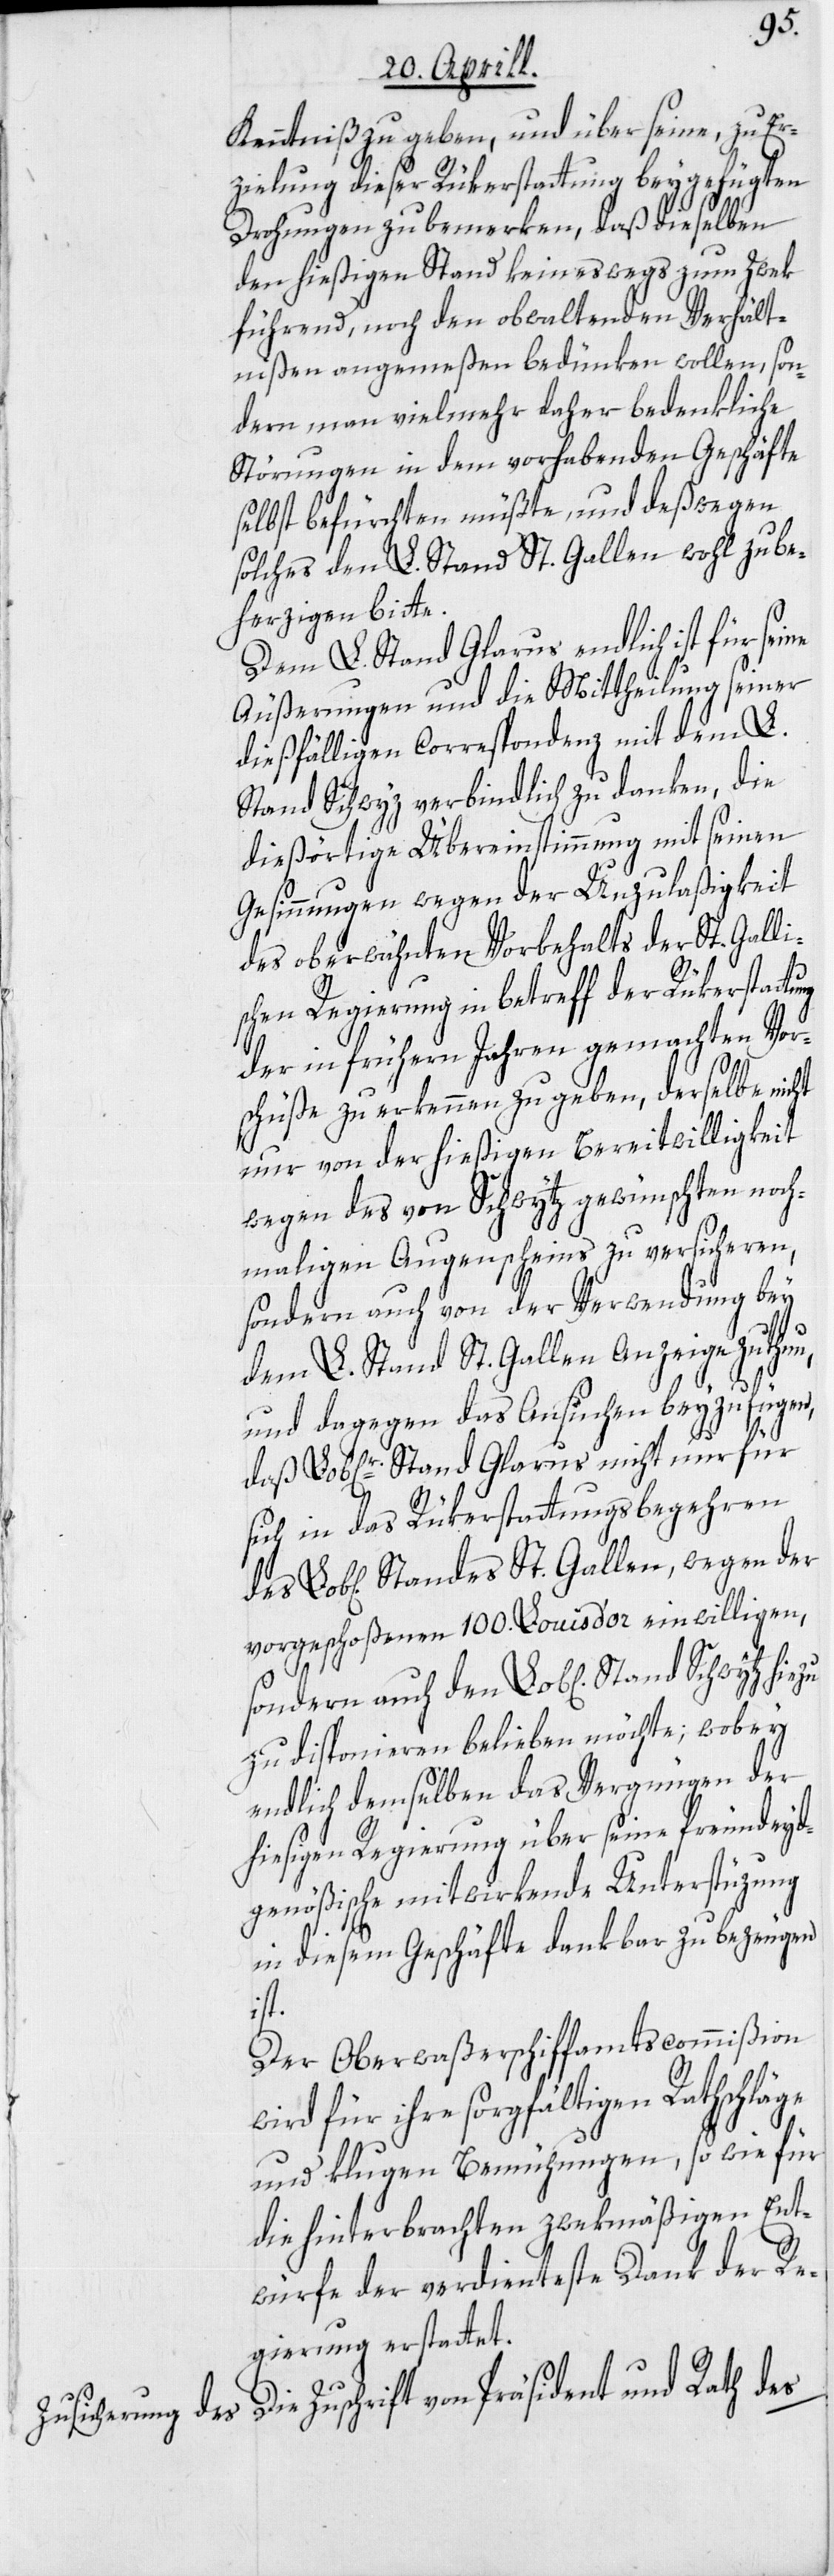
Kenntniß zu geben, und über seine, zu Er¬
zielung dieser Rükerstattung beygefügten
Drohungen zu bemerken, daß dieselben
den hießigen Stand keineswegs zum Zwek
führend, noch den obwaltenden Verhält¬
nißen angemeßen bedünken wollen, son¬
dern man vielmehr daher bedenkliche
Störungen in dem vorhabenden Geschäfte
selbst befürchten müßte, und deßwegen
solches den L. Stand St. Gallen wohl zu be¬
herzigen bitte.
Dem L. Stand Glarus endlich ist für sei¬
Äußerungen und die Mittheilung seiner
dießfälligen Correspondenz mit dem L.
Stand Schwyz verbindlich zu danken, die
dießörtige Übereinstimmung mit seinen
Gesinnungen wegen der Unzulaßigkeit
des oberwähnten Vorbehalts der St. Galli¬
schen Regierung in betreff der Rükerstattu¬
der in frühern Jahren gemachten Vor¬
schüße zu erkennen zu geben, derselbe nicht
nur von der hießigen Bereitwilligkeit
wegen des von Schwytz gewünschten noch¬
maligen Augenscheins zu versicheren,
sondern auch von der Verwendung bey
dem L. Stand St. Gallen Anzeige zu thun,
und dagegen das Ansuchen beyzufügen,
Lob[liche]r Stand Glarus nicht nur für
sich in das Rükerstattungsbegehren
Lob[lichen] Standes St. Gallen, wegen der
vorgeschoßenen 100. Louis d’or einwilligen,
sondern auch den Lob[lichen] Stand Schwytz
zu disponieren belieben möchte; wobey
endlich demselben das Vergnügen der
hiesigen Regierung über seine freundeyd¬
genößische mitwirkende Unterstüzung
in diesem Geschäfte dankbar zu bezeugen
ist.
Der Oberwaßerschiffamtscommißion
wird für ihre sorgfältigen Rathschläge
und klugen Bemühungen, so wie für
die hinterbrachten zwekmäßigen Ent¬
ng
würfe der verdienteste Dank der Re¬
gierung erstattet.
Die Zuschrift von Präsident und Rath des